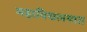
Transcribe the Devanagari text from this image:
महाविद्यलयात